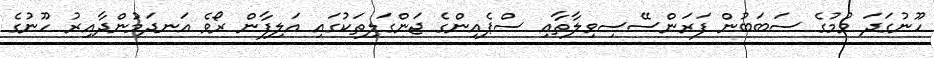
ހޫނުގަދަ ވުމުގެ ސަބަބުން ފަރަންސޭސިވިލާތާއި ސްޕެއިންގެ ޖަންގަލިތަކުގައި އަލިފާން ރޯވެ އަނދަމުންދާއިރު ހޫނުގެ